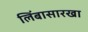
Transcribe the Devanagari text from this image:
लिंबासारखा